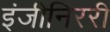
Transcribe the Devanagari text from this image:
इंजीनिररी